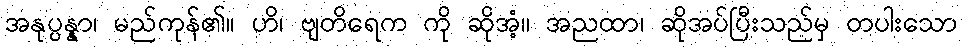
အနုပ္ပန္နာ၊ မည်ကုန်၏။ ဟိ၊ ဗျတိရေက ကို ဆိုအံ့။ အညထာ၊ ဆိုအပ်ပြီးသည်မှ တပါးသော